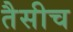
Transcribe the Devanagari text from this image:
तैसीच